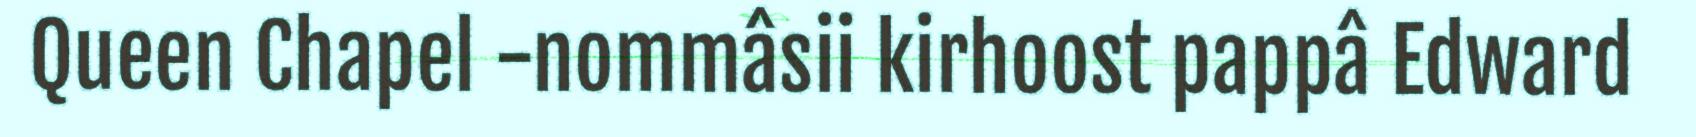
Queen Chapel -nommâsii kirhoost pappâ Edward